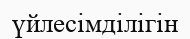
үйлесімділігін